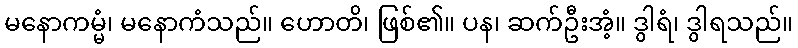
မနောကမ္မံ၊ မနောကံသည်။ ဟောတိ၊ ဖြစ်၏။ ပန၊ ဆက်ဦးအံ့။ ဒွါရံ၊ ဒွါရသည်။